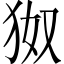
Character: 𪺹